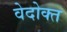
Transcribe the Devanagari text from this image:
वेदोक्‍त